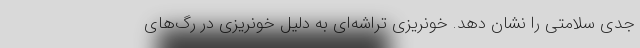
جدی سلامتی را نشان دهد. خونریزی تراشه‌ای به دلیل خونریزی در رگ‌های